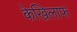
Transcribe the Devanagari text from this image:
केखिलाफ